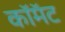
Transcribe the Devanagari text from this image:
कॉमॅट